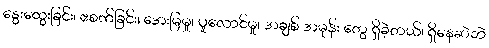
နွေးထွေးခြင်း၊ ဧစက်ခြင်း၊ အေးမြမှု၊ ပူလောင်မှု၊ အချစ် အမုန်း တွေ ရှိခဲ့တယ်၊ ရှိနေဆဲဘဲ